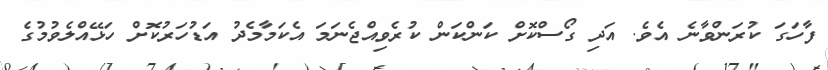
ފާހަގަ ކުރަންވާނެ އެވެ. އަދި ގޯސްކޮށް ކަންކަން ކުރެވިއްޖެނަމަ އެކަމާމެދު އަޑުހަރުކޮށް ހަޅޭއްލެވުމުގެ